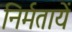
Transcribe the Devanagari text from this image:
निर्मतायें